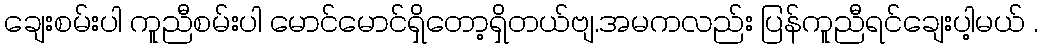
ချေးစမ်းပါ ကူညီစမ်းပါ မောင်မောင်ရှိတော့ရှိတယ်ဗျ.အမကလည်း ပြန်ကူညီရင်ချေးပါ့မယ် .